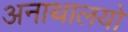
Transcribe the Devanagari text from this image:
अनाथालयो